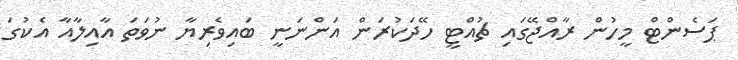
ޕަސެންޓް މީހުން ރާއްޖޭގައި ޗުއްޓީ ހޭދަކުރަން އަންނަނީ ބައިވެރިޔާ ނުވަތަ އާއިލާއާ އެކުގަ